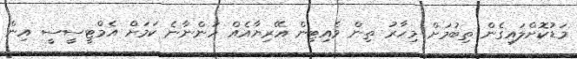
މަޑުކޮށްލައިގެން ތިބުމަށް މިހާރު ތިން ވެއިޓިން އޭރިޔާއެއް ހުންނާނެ ކަމަށް އެމްޓީސީސީ އިން